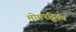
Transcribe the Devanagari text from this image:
मोमपट्टिका